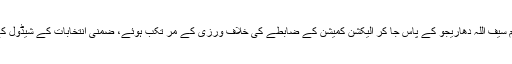
حلیم عادل شیخ کا کہنا تھا کہ وزیر اعلی سندھ اور کابینہ ارکان جام سیف اللہ دھاریجو کے پاس جا کر الیکشن کمیشن کے ضابطے کی خلاف ورزی کے مر تکب ہوئے، ضمنی انتخابات کے شیڈول کے بعد دونوں کا جام سیف کے گھر جانا الیکش پر اثر انداز ہوا ہے۔